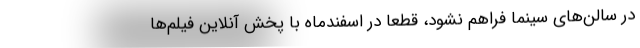
در سالن‌های سینما فراهم نشود، قطعاً در اسفندماه با پخش آنلاین فیلم‌ها